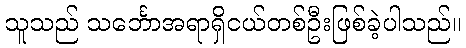
သူသည် သင်္ဘောအရာရှိငယ်တစ်ဦးဖြစ်ခဲ့ပါသည်။